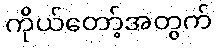
ကိုယ်တော့်အတွက်